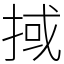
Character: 掝